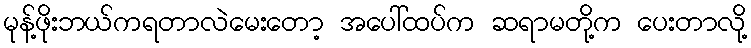
မုန့်ဖိုးဘယ်ကရတာလဲမေးတော့ အပေါ်ထပ်က ဆရာမတို့က ပေးတာလို့